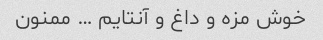
خوش مزه و داغ و آنتایم … ممنون